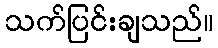
သက်ပြင်းချသည်။